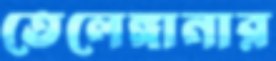
তেলেঙ্গানার